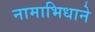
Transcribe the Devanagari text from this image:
नामाभिधाने